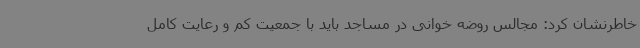
خاطرنشان کرد: مجالس روضه خوانی در مساجد باید با جمعیت کم و رعایت کامل